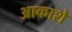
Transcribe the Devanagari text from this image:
आकाशे